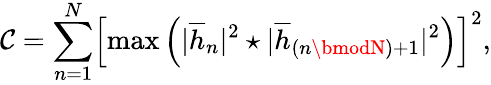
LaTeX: \mathcal{C}=\sum_{n=1}^{N}\Bigl[\operatorname*{max}\left({|\overline{{{h}}}_{n}|^{2}\star|\overline{{{h}}}_{(n\bmodN)+1}|^{2}}\right)\Bigr]^{2},